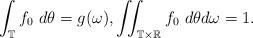
LaTeX: \begin{align*} \int_{\mathbb T} f_0 ~ d\theta = g(\omega), \iint_{\mathbb T \times \mathbb R} f_0 ~ d\theta d\omega = 1.\end{align*}